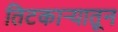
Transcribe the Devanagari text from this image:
तिटकाऱ्यातून